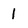
Character: 1